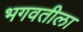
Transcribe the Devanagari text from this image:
भगवतीला